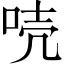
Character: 𠳗